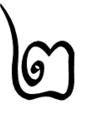
២